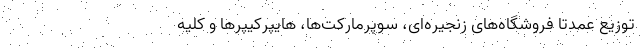
توزیع عمدتاً فروشگاه‌های زنجیره‌ای، سوپرمارکت‌ها، هایپرکیپرها و کلیه